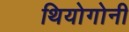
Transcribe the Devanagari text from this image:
थियोगोनी